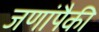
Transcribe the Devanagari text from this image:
जणांपैकी